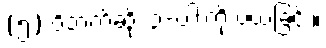
(၅) ဝိဘက်ဆိုး ၃-ပါးကို ပယ်ခြင်း။